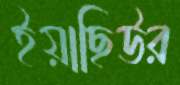
ইয়াছিউর